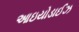
આઇયોડાઈઝ